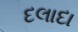
દલાદા